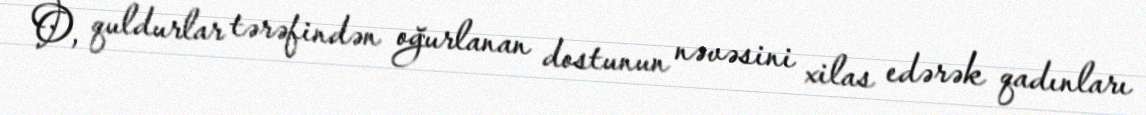
O, quldurlar tərəfindən oğurlanan dostunun nəvəsini xilas edərək qadınları